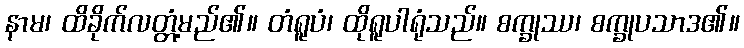
နာမ၊ ထိခိုက်လတ္တံ့မည်၏။ တံရူပံ၊ ထိုရူပါရုံသည်။ စက္ခုဿ၊ စက္ခုပသာဒ၏။